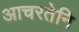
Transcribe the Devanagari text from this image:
आचरतेनि